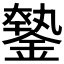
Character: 𨫦